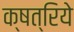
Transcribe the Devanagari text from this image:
क्षत्रिये